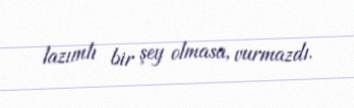
lazımlı bir şey olmasa, vurmazdı.